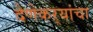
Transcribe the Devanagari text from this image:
देणेकऱ्यांचा